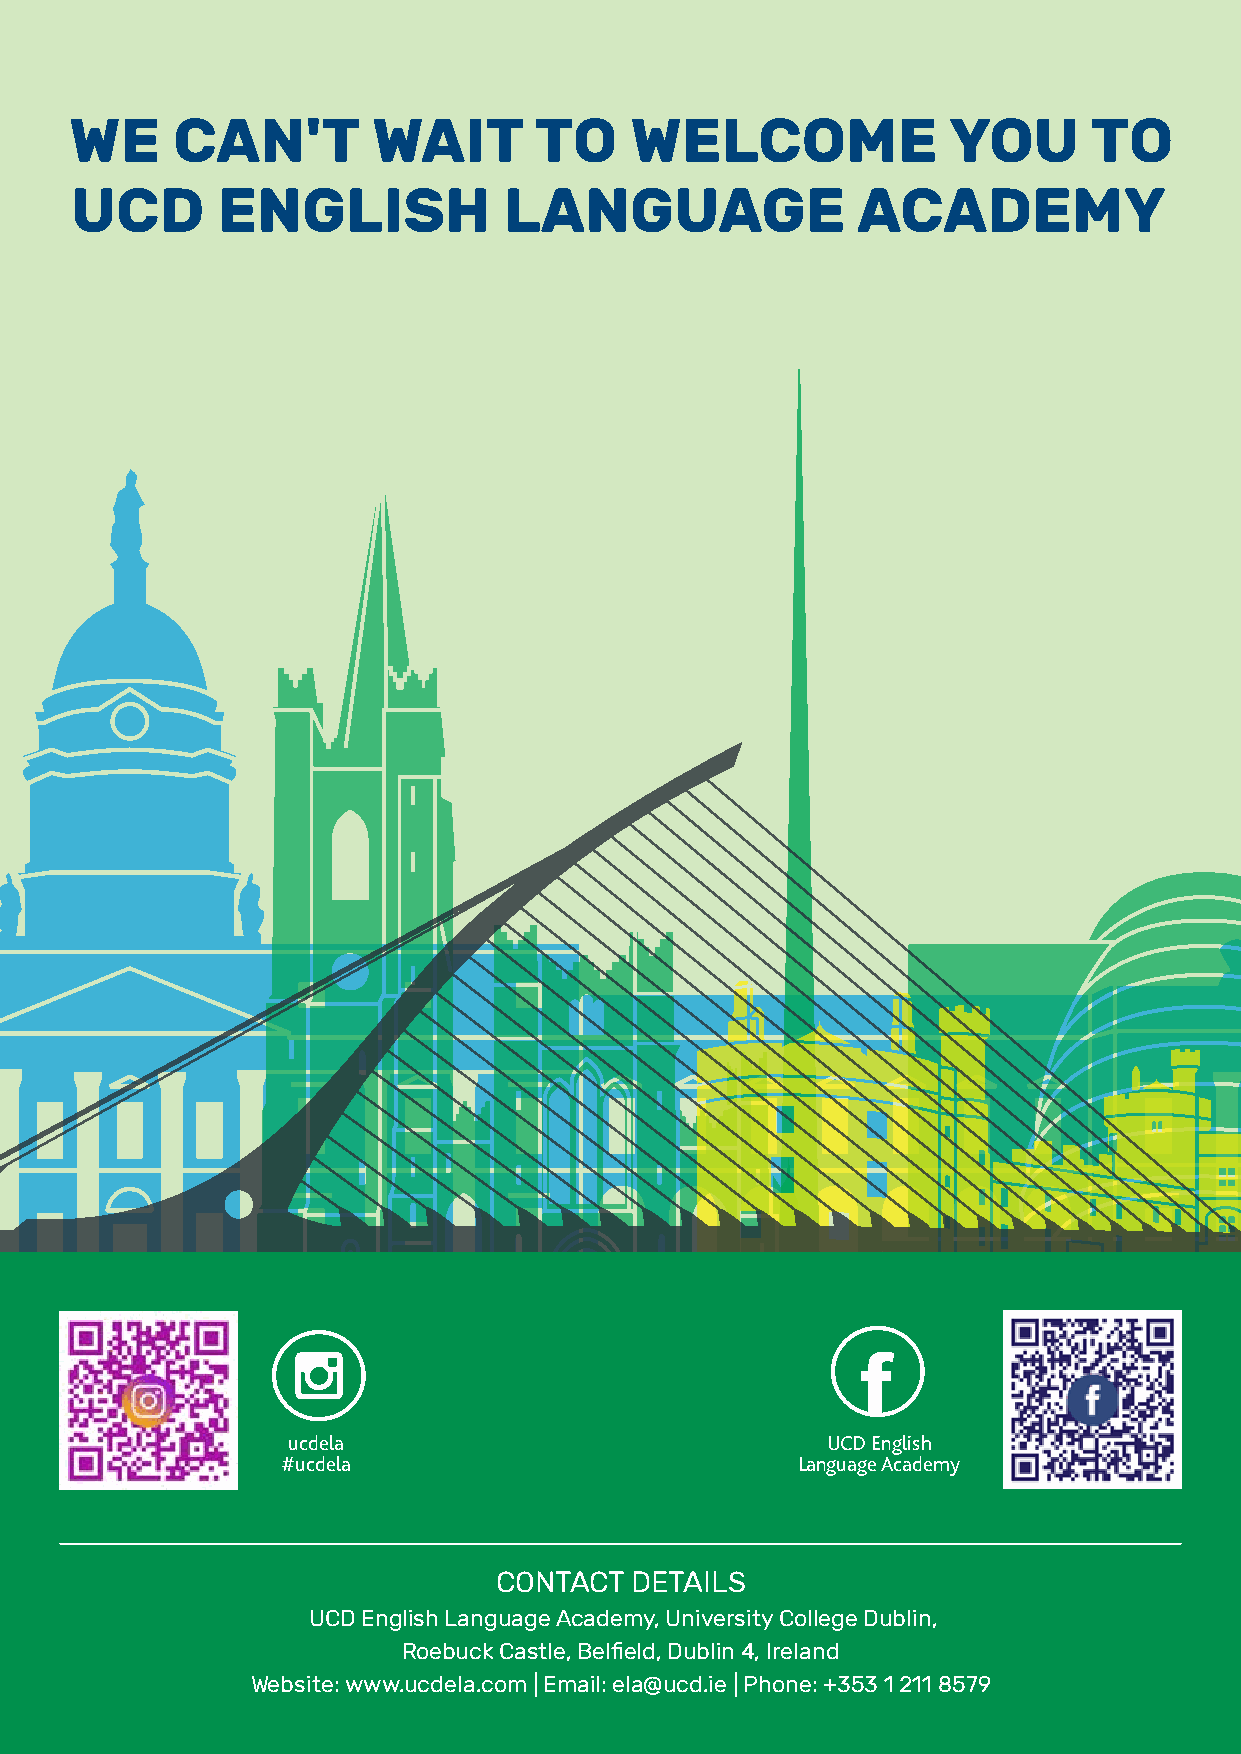
WE    CAN'T         WAIT      TO     WELCOME              YOU      TO
 UCD      ENGLISH            LANGUAGE                ACADEMY
 Page 21 – Homestay Accommodation
 Page 21 – Homestay Accommodation                 The two photos on these pages are fine but the format needs to be the same diamond shape as page
 The two photos on these pages are fine but the format needs to be the same diamond shape as page 19.
 19.
 Back Cover
 Add QR code for Social Media Channels                Back Cover
 Instagram                                            Add QR code for Social Media Channels
 Instagram      Facebook
 Facebook
 ucdela                              UCD English
 #ucdela                           Language Academy
 Finishes here                                    Finishes here
 CONTACT  DETAILS
 UCD English Language Academy, University College Dublin,
 Roebuck Castle, Belfield, Dublin 4, Irel and
 Website: www.ucdela.com | Email: ela@ucd.ie | Phon e: +353 1 211 8579